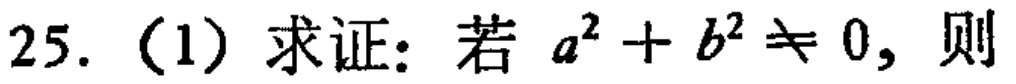
25.（1）求证：若 \(a^{2}+b^{2}\neq 0\)，则